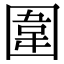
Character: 圍